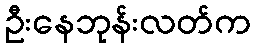
ဦးနေဘုန်းလတ်က